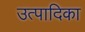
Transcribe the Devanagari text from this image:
उत्पादिका